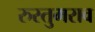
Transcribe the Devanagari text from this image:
रुस्तुमराव